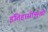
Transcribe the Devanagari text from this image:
इतिहासोन्मुखी